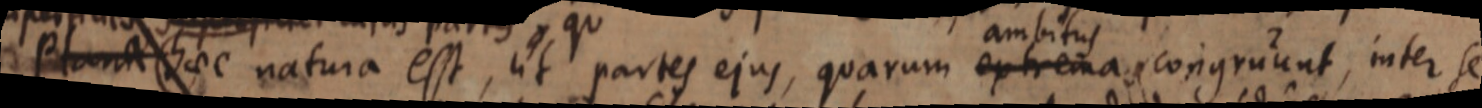
plan_ haec natura esst, ut partes ejus, quarum ambitus extremas congruunt, inter se